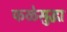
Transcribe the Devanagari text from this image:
फळेसुद्धा